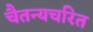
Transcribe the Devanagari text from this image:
चैतन्यचरित